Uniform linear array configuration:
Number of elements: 4
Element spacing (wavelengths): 1
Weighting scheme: binomial
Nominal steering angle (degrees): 60
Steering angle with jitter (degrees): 61.08
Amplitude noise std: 0.05
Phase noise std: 0.05

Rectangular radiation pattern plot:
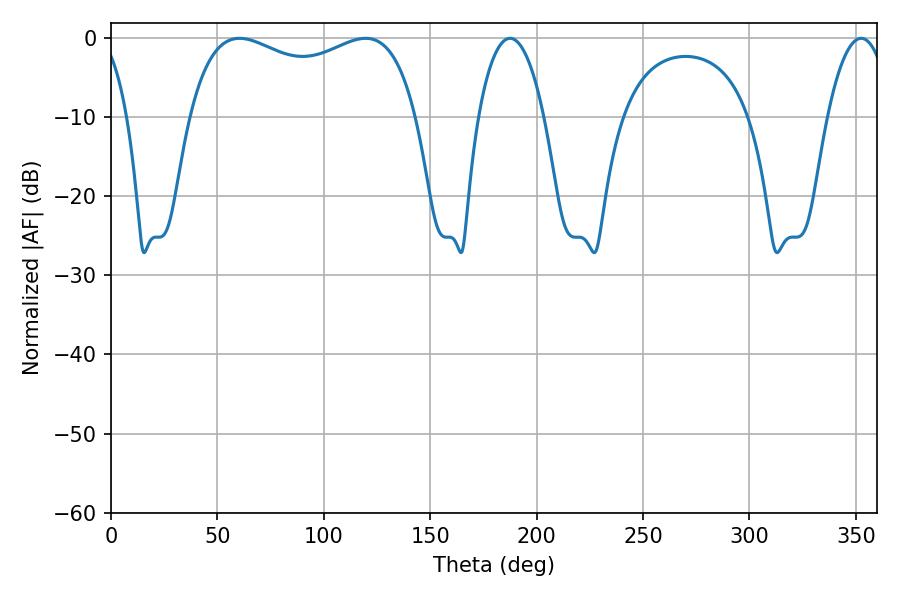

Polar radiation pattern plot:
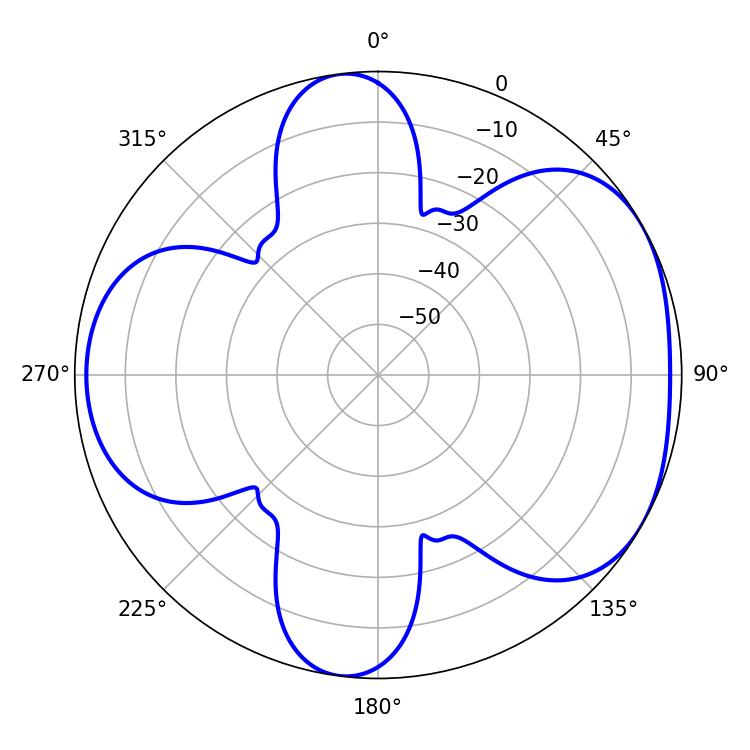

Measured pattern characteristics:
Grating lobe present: TRUE
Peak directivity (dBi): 4.806
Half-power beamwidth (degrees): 87.84
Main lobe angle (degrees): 60.3